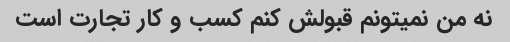
نه من نمیتونم قبولش کنم کسب و کار تجارت است